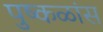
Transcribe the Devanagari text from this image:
पुष्कळांस